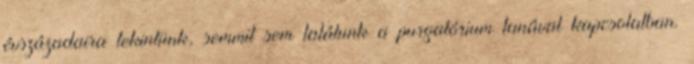
évszázadaira tekintünk, semmit sem találunk a purgatórium tanával kapcsolatban.